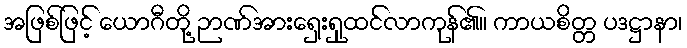
အဖြစ်ဖြင့် ယောဂီတို့ ဉာဏ်အားရှေးရှုထင်လာကုန်၏။ ကာယစိတ္တ ပဒဋ္ဌာနာ၊